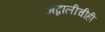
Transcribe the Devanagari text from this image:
अब्दालीचीही